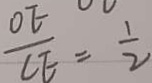
\frac { O E } { C E } = \frac { 1 } { 2 }